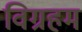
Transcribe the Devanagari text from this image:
विग्रहम